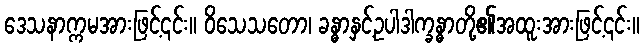
ဒေသနာက္ကမအားဖြင့်၎င်း။ ဝိသေသတော၊ ခန္ဓာနှင့်ဥပါဒါက္ခန္ဓာတို့၏အထူးအားဖြင့်၎င်း။